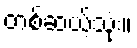
တစ်ဆယ့်သုံး။